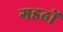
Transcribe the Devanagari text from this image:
गडढों